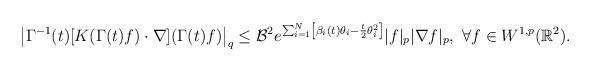
LaTeX: \begin{align*}\left|\Gamma^{-1}(t)[K(\Gamma(t)f)\cdot \nabla](\Gamma(t)f)\right|_q\leq \mathcal{B}^2e^{\sum_{i=1}^N\left[\beta_i(t)\theta_i-\frac{t}{2}\theta_i^2\right]}|f|_{p}|\nabla f|_{p},\ \forall f\in W^{1,p}(\mathbb{R}^2).\end{align*}